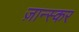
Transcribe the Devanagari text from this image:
ज़ान्स्कर